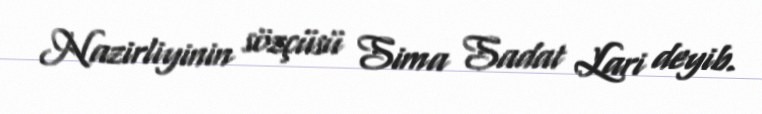
Nazirliyinin sözçüsü Sima Sadat Lari deyib.